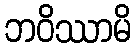
ဘဝိဿာမိ